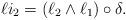
LaTeX: \begin{align*} \ell i_{2}= (\ell_{2}\wedge \ell _1 ) \circ \delta. \end{align*}